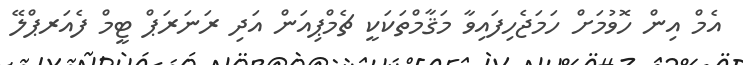
އެމް އިން ހޮވުމަށް ހަމަޖެހިފައިވާ މަޤާމްތަކަކީ ޗެމްޕިއަން އަދި ރަނަރަޕް ޓީމް ފެއަރޕްލޭ